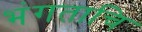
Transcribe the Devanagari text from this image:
भंगताचि